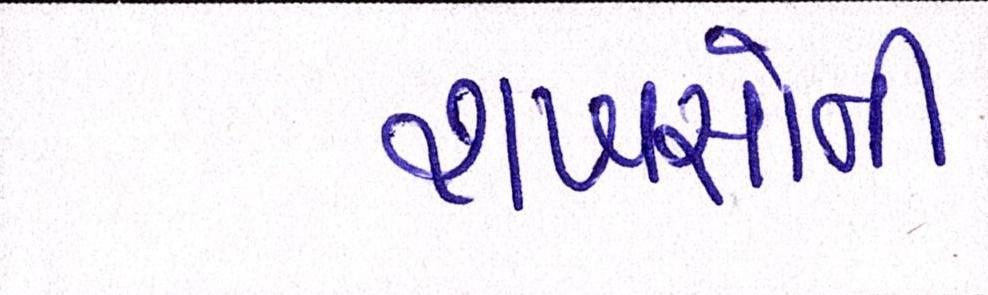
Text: શખસોની